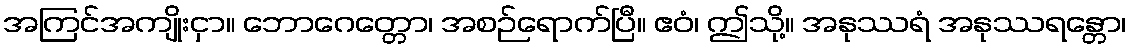
အကြင်အကျိုးငှာ။ ဘောဂေတ္တော၊ အစဉ်ရောက်ပြီ။ ဧဝံ၊ ဤသို့။ အနုဿရံ အနုဿရန္တော၊